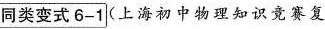
同类变式6-1(上海初中物理知识竞赛复